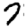
Digit: 7